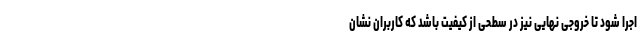
اجرا شود تا خروجی نهایی نیز در سطحی از کیفیت باشد که کاربران نشان